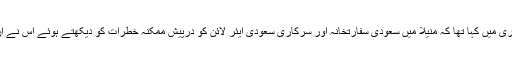
اس سے پہلے فلیپائن کی حکومت نے فروری میں کہا تھا کہ منیلا میں سعودی سفارتخانہ اور سرکاری سعودی ایئر لائن کو درپیش ممکنہ خطرات کو دیکھتے ہوئے اس نے ان دونوں کے لئے سیکیوریٹی بڑھادی ہے۔